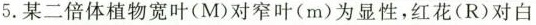
5. 某二倍体植物宽叶(M)对窄叶(m)为显性，红花(R)对白